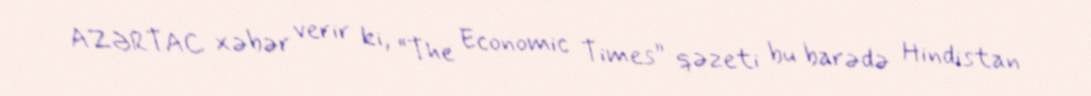
AZƏRTAC xəbər verir ki, “The Economic Times” qəzeti bu barədə Hindistan